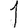
Digit: 1